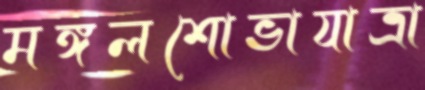
মঙ্গলশোভাযাত্রা